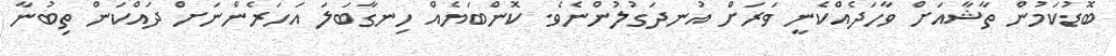
ބޮޑުކަމުން ތާޝާއަށް ވާހަދެއްކެނީ ވަރަށް އުނދަގުލުންނެވެ. ކޮންބަޔެއް ހިނގާބަލަ އަހަރެންނަށް ދައްކަން ތިބުނާ